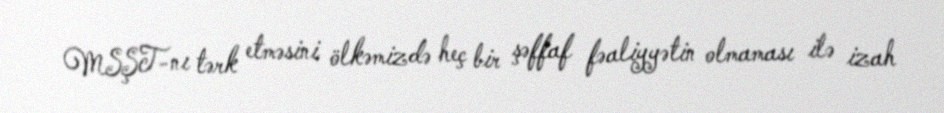
MSŞT-nı tərk etməsini ölkəmizdə heç bir şəffaf fəaliyyətin olmaması ilə izah